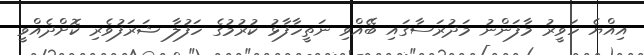
އިއްޔެ ހަވީރު މާފަންނު މަދުރަސާގައި ބޭއްވި ނަތީހާފާޅު ކުރުމުގެ ހަފުލާ ޝަރަފުވެރި ކޮށްދެއްވީ